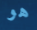
هو